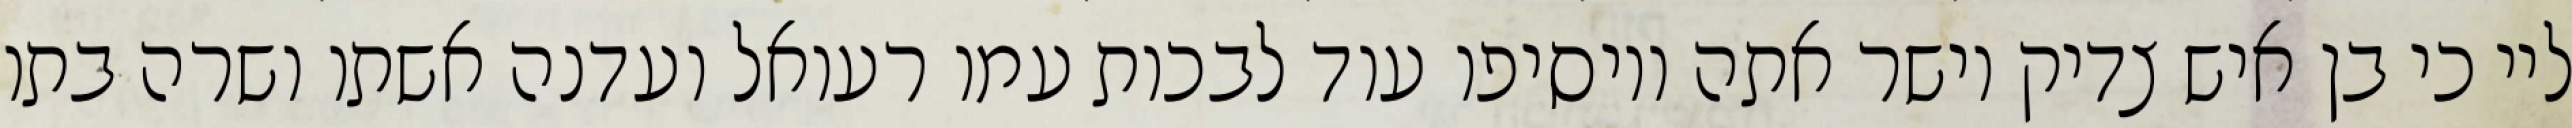
ליי כי בן איש צדיק וישר אתה ויוסיפו עוד לבכות עמו רעואל ועדנה אשתו ושרה בתו